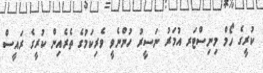
ކުރީގެ ހޯމް މިނިސްޓަރ އުމަރު ނަސީރު ހުންނެވީ ވެރިކަމުގެ ތެރެއިން ކުރީގެ ރައީސް